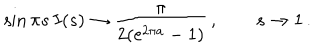
\sin { \pi s } \, I ( s ) \rightarrow { \frac { \pi } { { 2 ( \mathrm { e } ^ { 2 \pi a } - 1 } ) } } \, , \qquad s \rightarrow 1 \, .